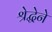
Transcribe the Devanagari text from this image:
श्रेद्धेने